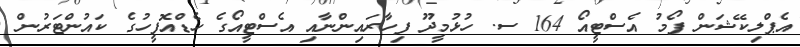
އެޕްލިކޭޝަން ފޯމު އެސްޓީއޯ 164 ސ. ހުޅުމީދޫ ފިހާރައިންނާއި އެސްޓީއޯގެ ހެޑްއޮފީހުގެ ކައުންޓަރުން